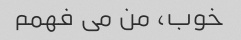
خوب، من می فهمم